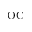
\mathrm { O C }